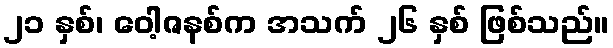
၂၁ နှစ်၊ ဝေါ့ဇနစ်က အသက် ၂၆ နှစ် ဖြစ်သည်။